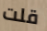
قلت